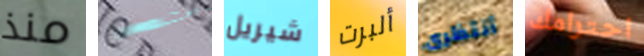
منذ بالسكن شيريل ألبرت أنتظرى احترامك